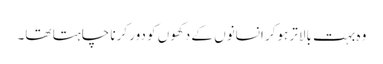
وہ بہت بالاتر ہوکر انسانوں کے دکھوں کو دور کرنا چاہتا تھا۔